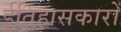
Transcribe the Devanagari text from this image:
ईतिहासकारों